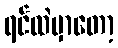
ရင်ထဲမှာတော့